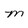
Character: M